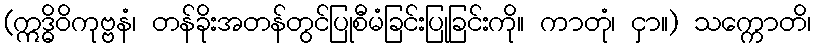
(ဣဒ္ဓိဝိကုဗ္ဗနံ၊ တန်ခိုးအတန်တွင်ပြုစီမံခြင်းပြုခြင်းကို။ ကာတုံ၊ ငှာ။) သက္ကောတိ၊